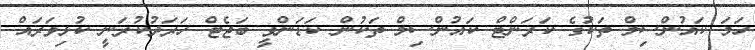
ހަމަ ކައުންސިލް ތަކުގެ ކަރަންޓް ކައުންސިލް ތަކުން ކަޑަންވީ ބަޖެޓް ހަރަދުކުރަނީ ކުޅިވަރައް